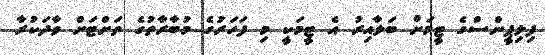
ފިލިޕީންސްގެ ޓީމަށް ބަލާއިރު އެ ޓީމަކީ މި ފަހަރުގެ މުބާރާތުގެ ތަށްޓަށް ވާދަކުރާ